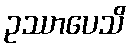
ဥဿာပေသိ